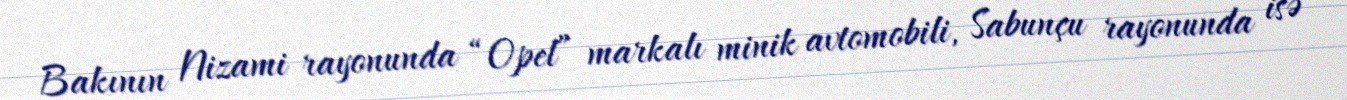
Bakının Nizami rayonunda “Opel” markalı minik avtomobili, Sabunçu rayonunda isə